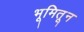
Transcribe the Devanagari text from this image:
भूमितून